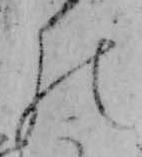
の